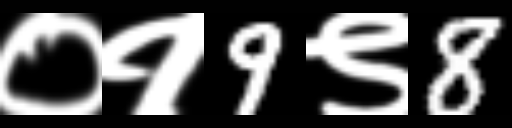
Text: ०१9९8